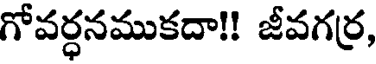
గోవర్ధనముకదా!! జీవగర్ర,